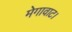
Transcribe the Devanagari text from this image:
मेगावाट।